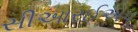
સીઆરઈએપ